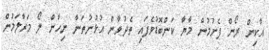
އާކިން ރޯން ފެށުމުން މާޔާ ކަންބޮޑުވެފައި ތެދުވާން އުޅުނުތަނާ ނިހާން ލޯ މަރާލަމުން